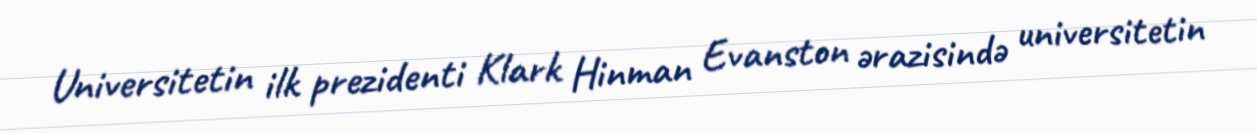
Universitetin ilk prezidenti Klark Hinman Evanston ərazisində universitetin